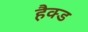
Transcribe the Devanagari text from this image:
हैक्ड